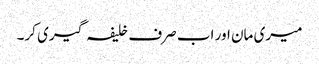
میری مان اور اب صرف خلیفہ گیری کر۔